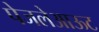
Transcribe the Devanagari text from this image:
पेजलेआऊट